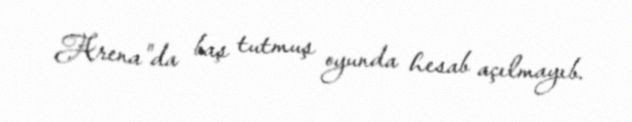
Arena"da baş tutmuş oyunda hesab açılmayıb.